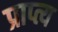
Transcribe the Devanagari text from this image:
प्राप्त्य